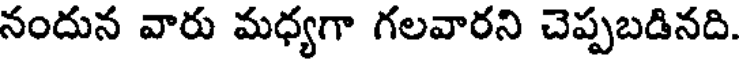
నందున వారు మధ్యగా గలవారని చెప్పబడినది.